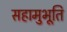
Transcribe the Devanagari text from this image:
सहामुभूति